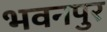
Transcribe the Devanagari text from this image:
भवनपुर